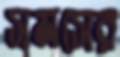
সমসের